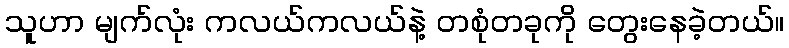
သူဟာ မျက်လုံး ကလယ်ကလယ်နဲ့ တစုံတခုကို တွေးနေခဲ့တယ်။